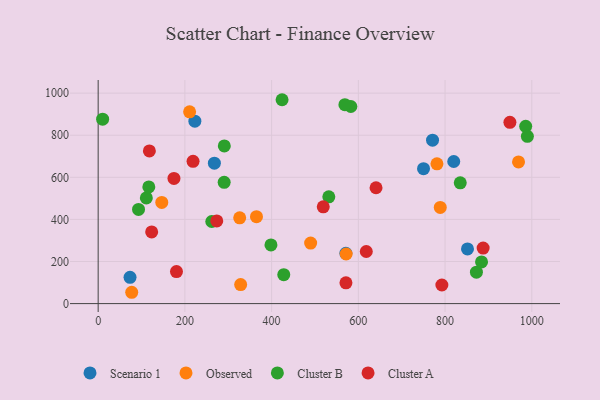
{"axis": {"x": "Price", "y": "Demand"}, "legend": ["Cluster A", "Cluster B", "Observed", "Scenario 1"], "data": [{"x": "223.0", "y": 866.6, "type": "Scenario 1"}, {"x": "820.0", "y": 675.2, "type": "Scenario 1"}, {"x": "268.0", "y": 667.4, "type": "Scenario 1"}, {"x": "771.1", "y": 776.6, "type": "Scenario 1"}, {"x": "851.7", "y": 260.0, "type": "Scenario 1"}, {"x": "571.2", "y": 239.0, "type": "Scenario 1"}, {"x": "750.3", "y": 641.1, "type": "Scenario 1"}, {"x": "73.5", "y": 124.8, "type": "Scenario 1"}, {"x": "146.7", "y": 480.9, "type": "Observed"}, {"x": "781.3", "y": 663.9, "type": "Observed"}, {"x": "77.4", "y": 53.8, "type": "Observed"}, {"x": "210.9", "y": 911.0, "type": "Observed"}, {"x": "571.9", "y": 235.6, "type": "Observed"}, {"x": "328.6", "y": 90.3, "type": "Observed"}, {"x": "788.9", "y": 456.9, "type": "Observed"}, {"x": "326.4", "y": 407.6, "type": "Observed"}, {"x": "490.0", "y": 287.5, "type": "Observed"}, {"x": "365.1", "y": 412.9, "type": "Observed"}, {"x": "969.4", "y": 673.0, "type": "Observed"}, {"x": "428.0", "y": 137.5, "type": "Cluster B"}, {"x": "582.7", "y": 936.6, "type": "Cluster B"}, {"x": "262.0", "y": 390.2, "type": "Cluster B"}, {"x": "290.9", "y": 749.0, "type": "Cluster B"}, {"x": "93.1", "y": 447.4, "type": "Cluster B"}, {"x": "111.1", "y": 502.3, "type": "Cluster B"}, {"x": "424.1", "y": 968.7, "type": "Cluster B"}, {"x": "398.5", "y": 278.9, "type": "Cluster B"}, {"x": "835.0", "y": 573.9, "type": "Cluster B"}, {"x": "531.9", "y": 507.3, "type": "Cluster B"}, {"x": "10.3", "y": 876.1, "type": "Cluster B"}, {"x": "290.6", "y": 576.3, "type": "Cluster B"}, {"x": "985.9", "y": 842.3, "type": "Cluster B"}, {"x": "872.3", "y": 149.4, "type": "Cluster B"}, {"x": "989.8", "y": 794.9, "type": "Cluster B"}, {"x": "884.1", "y": 198.2, "type": "Cluster B"}, {"x": "569.0", "y": 945.4, "type": "Cluster B"}, {"x": "116.8", "y": 554.5, "type": "Cluster B"}, {"x": "887.8", "y": 263.7, "type": "Cluster A"}, {"x": "792.6", "y": 88.3, "type": "Cluster A"}, {"x": "218.8", "y": 675.9, "type": "Cluster A"}, {"x": "618.3", "y": 247.5, "type": "Cluster A"}, {"x": "571.4", "y": 98.7, "type": "Cluster A"}, {"x": "949.5", "y": 861.1, "type": "Cluster A"}, {"x": "180.6", "y": 152.0, "type": "Cluster A"}, {"x": "174.8", "y": 594.7, "type": "Cluster A"}, {"x": "519.1", "y": 459.9, "type": "Cluster A"}, {"x": "123.4", "y": 340.7, "type": "Cluster A"}, {"x": "273.5", "y": 392.7, "type": "Cluster A"}, {"x": "640.8", "y": 550.4, "type": "Cluster A"}, {"x": "118.1", "y": 725.2, "type": "Cluster A"}]}